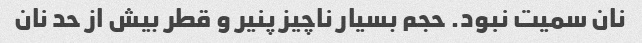
نان سمیت نبود. حجم بسیار ناچیز پنیر و قطر بیش از حد نان